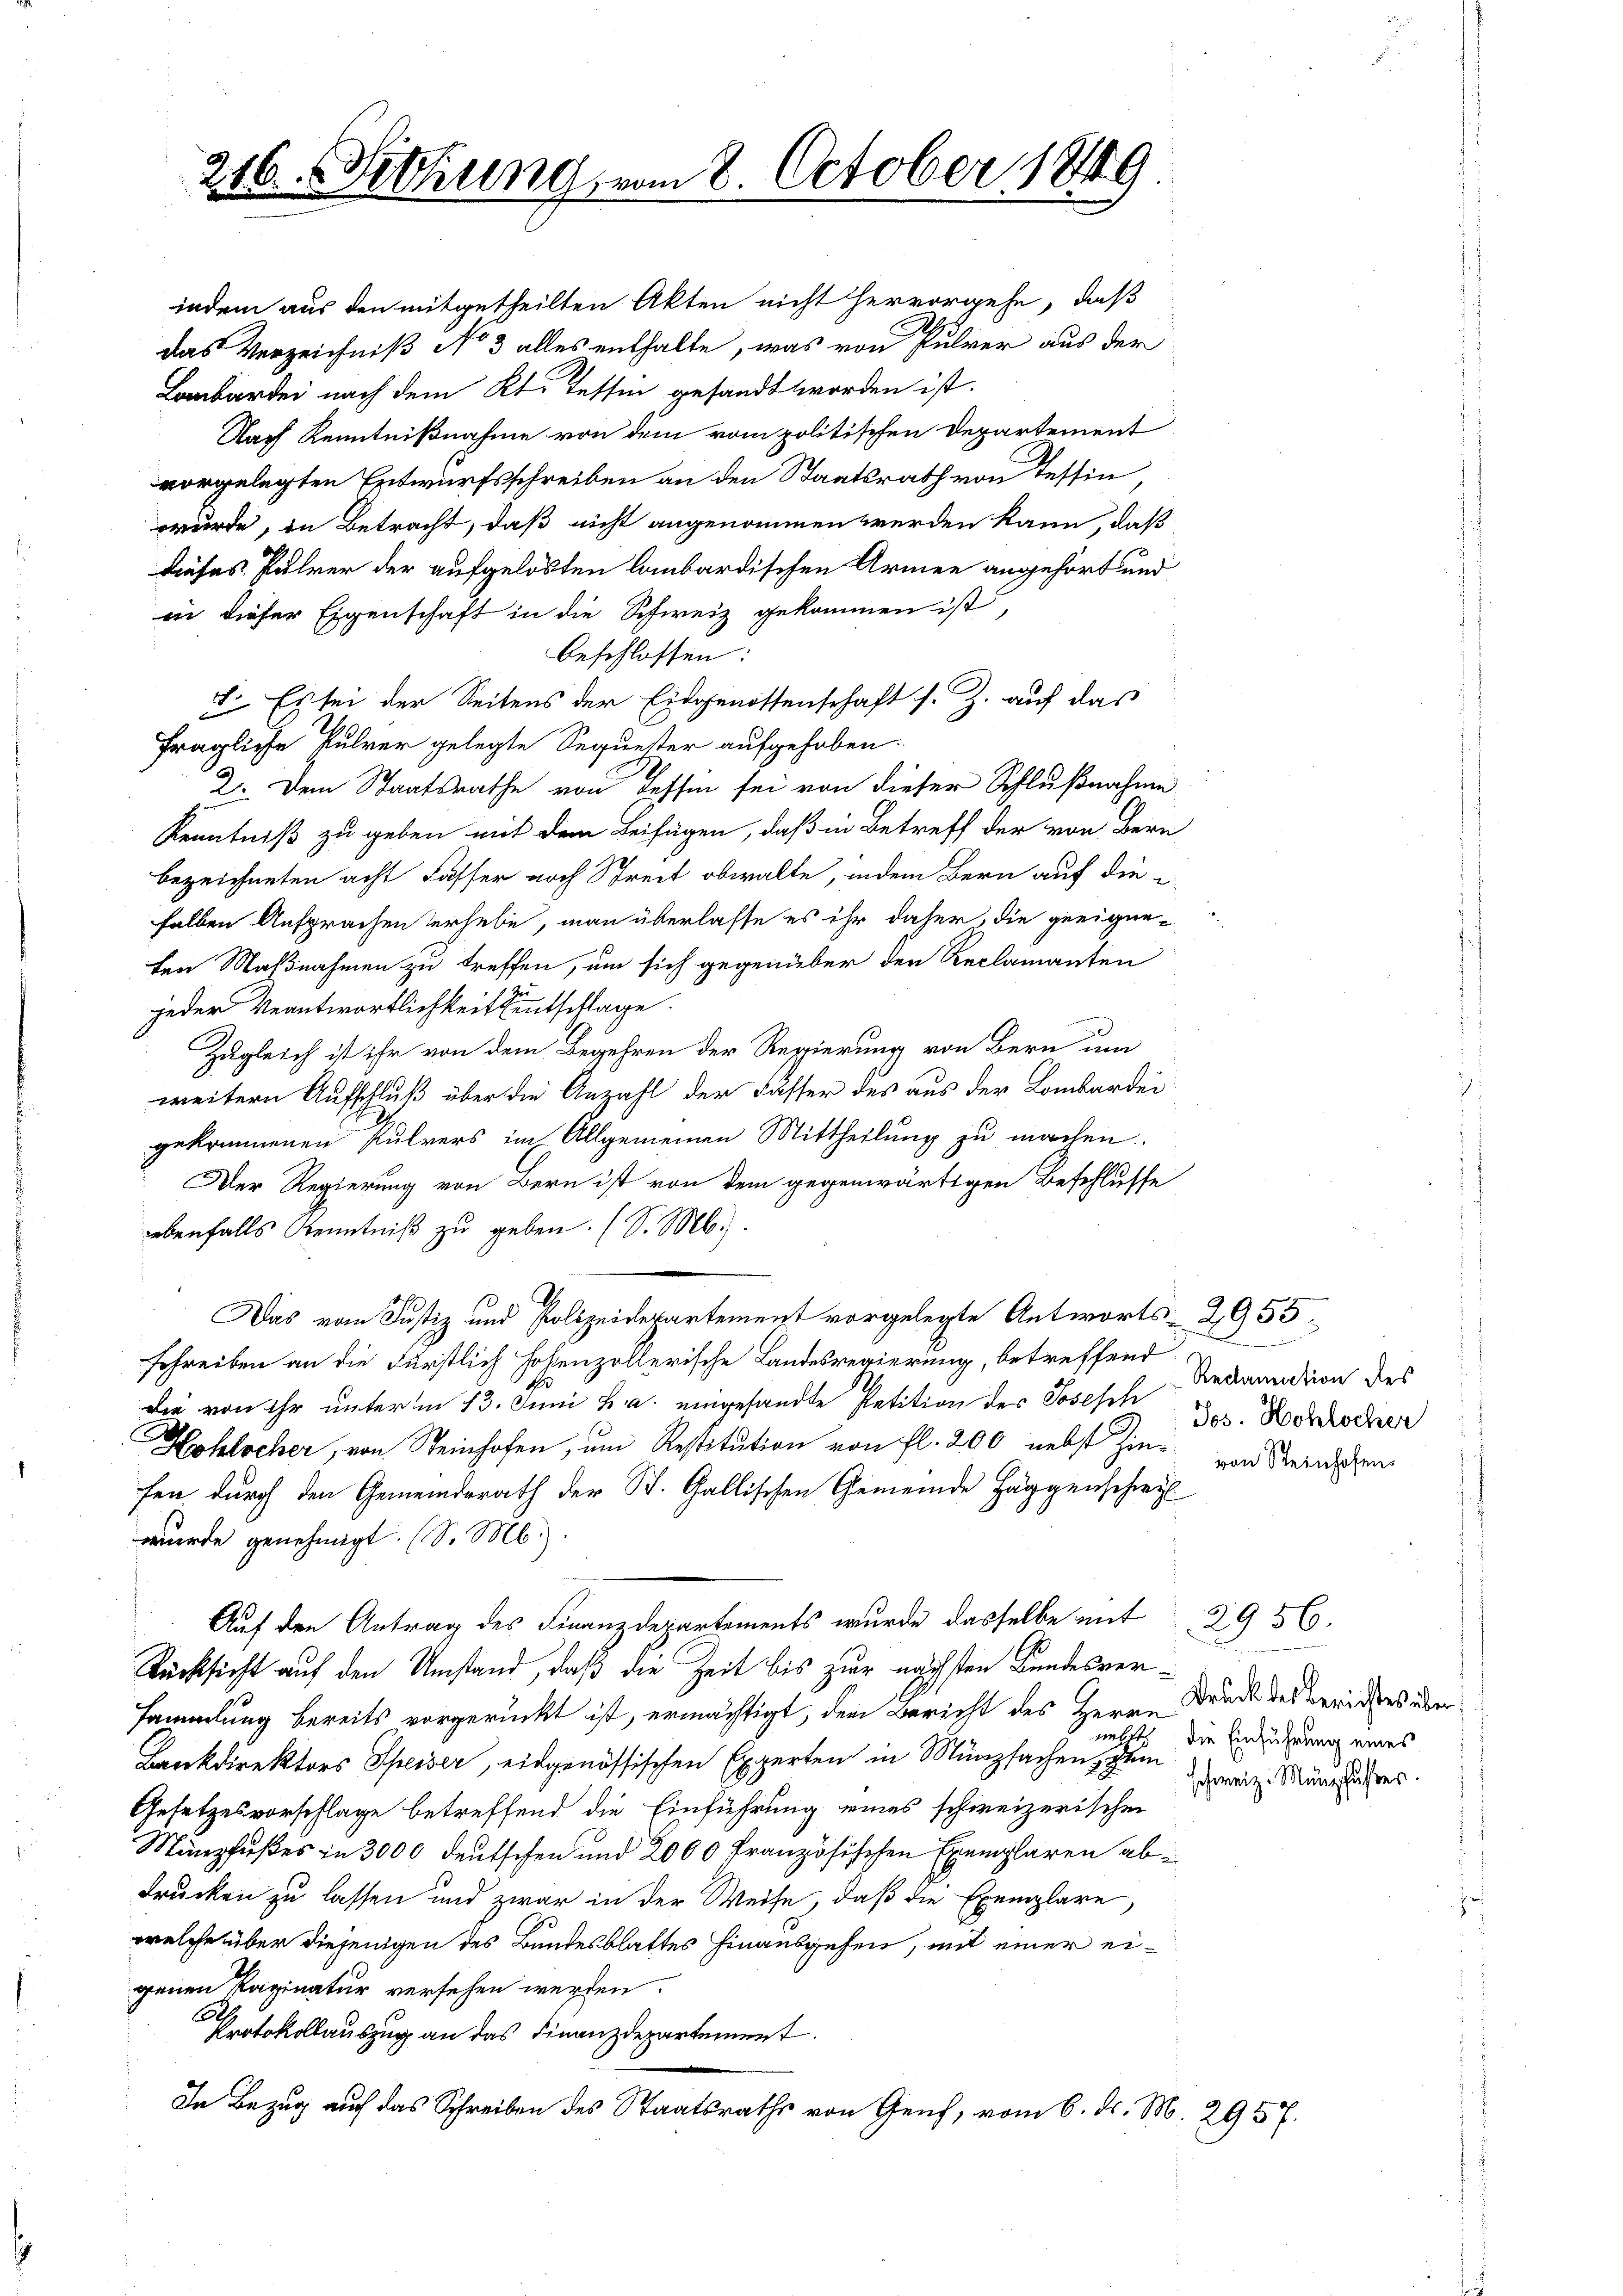
216. Setzung, vom 8. October 1849

I. Es sei der Seitens der Eidgenossenschaft s. Z. auf das
fragliche Pulver gelegte Sequester aufgehoben.
2. Dem Staatsrathe von Tessin sei von dieser Schlußnahme
Kenntniß zu geben mit dem Beifügen, daß in Betreff der von Berü
bezeichneten acht Fasser noch Streit obwalte, indem Bern auf die i
halben Ansprachen erhebe, man überlasse es ihr daher, die geeigneten Maßnahmen zu treffen, um sich gegenüber den Reclamanten
jeder Beantwortlichkeit entschlage.
Zugleich ist ihr von dem Begehren der Regierung von Bern um
weitern Aufschluß über die Anzahl der Fässer des aus der Lombarder
gekommenen Pulvers im Allgemeinen Mittheilung zu machen.
Der Regierung von Bern ist von dem gegenwärtigen Beschlusse
ebenfalls Kenntniß zu geben. (S. Mb.).
Das vom Justiz und Polizeidepartement vorgelegte Antworts- 2955
schreiben an die Fürstlich hohenzollerische Landesregierung, betreffend Verdaundion des
Der von ihr unterm 13. Juni h. a. eingesandte Petition des Josesch der Berecher
Hohlscher, von Steinhofen, um Restitution von fl. 200 nebst Zins von Steinschen
fen durch den Gemeinderath der St. Gallischen Gemeinde Häggenschwyl
wurde genehmigt. (S. M.).
Auf den Antrag des Finanzdepartements wurde dasselbe mit 2956.
Rücksicht auf den Umstand, daß die Zeit bis zur nächsten Bundesversammlung bereits vorgerückt ist, ermächtigt, dem Bericht des Herrn Brude des Berichtes über¬
und
Bankdirektors Speiser, eidgenössischen Experten in Münzsachen, zum die Einführung eines
Gesetzesvorschlage betreffend die Einführung eines schweizerischen
Münzfußes in 3000 deutschen und 2000 Französischen Exemplaren abdrucken zu lassen und zwar in der Weise, daß die Exemplare,
welche über diejenigen des Bundesblattes hinausgehen, mit einer eigenen Raginatur versehen werden.
Protokollauszug an das Finanzdepartement.
In Bezug auch das Schreiben des Staatsraths von Genf, vom 6. d. M. 2957.

indem aus den mitgetheilten Akten nicht hervorgehe, daß
das Verzeichniß No 3 alles enthalte, was von Pulver aus der
Lombardei nach dem Kt. Tessin gesandt worden ist.
Nach Kenntnißnahme von dem vom politischen Departement
vorgelegten Entwurfsschreiben an den Staatsrath von Tessin
wurde, in Betracht, daß nicht angenommen werden kann, daß
dieses Fuhrer der aufgelösten lombardischen Armee angehört und
in dieser Eigenschaft in die Schweiz gekommen ist,
beschlossen:

.

schweiz. Münzfußes.